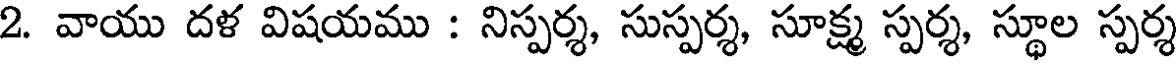
2. వాయు దళ విషయము : నిస్పర్శ, సుస్పర్శ, సూక్ష్మ స్పర్శ, స్థూల స్పర్శ